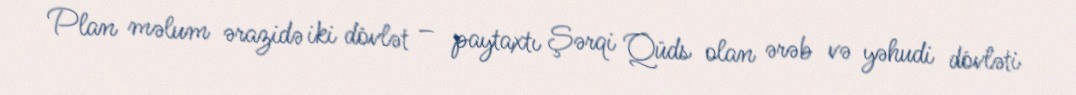
Plan məlum ərazidə iki dövlət – paytaxtı Şərqi Qüds olan ərəb və yəhudi dövləti